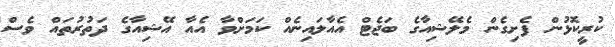
ކުރީކޮޅުން ފެށިގެން މެލޭޝިއާގެ ބަޖެޓް އެއާލައިނެއް ކަމަށްވާ އެއާ އޭޝިއާގެ ދަތުރުތައް ވެސް